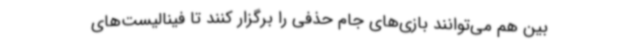
بین هم می‌توانند بازی‌های جام حذفی را برگزار کنند تا فینالیست‌های